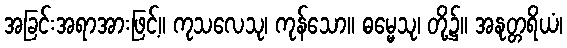
အခြင်းအရာအားဖြင့်။ ကုသလေသု၊ ကုန်သော။ ဓမ္မေသု၊ တို့၌။ အနုတ္တရိယံ၊